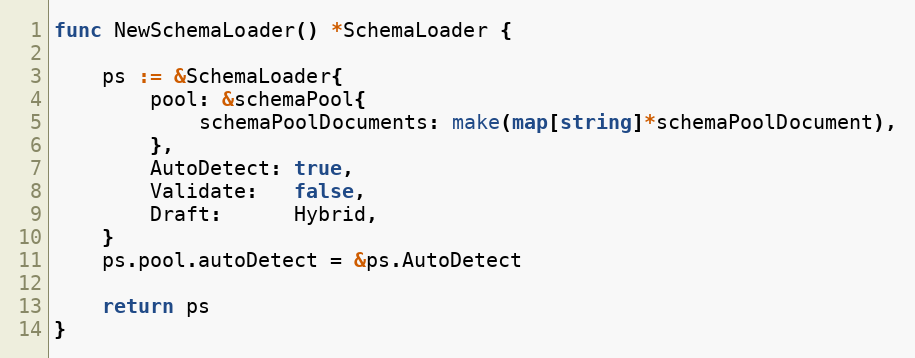
Language: Go
func NewSchemaLoader() *SchemaLoader {

	ps := &SchemaLoader{
		pool: &schemaPool{
			schemaPoolDocuments: make(map[string]*schemaPoolDocument),
		},
		AutoDetect: true,
		Validate:   false,
		Draft:      Hybrid,
	}
	ps.pool.autoDetect = &ps.AutoDetect

	return ps
}